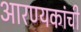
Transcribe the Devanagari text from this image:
आरण्यकांची